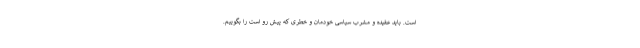
است. باید عقیده و مشرب سیاسی خودمان و خطری که پیش رو است را بگوییم.